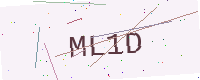
Text: ML1D